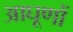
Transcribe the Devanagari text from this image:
आघूणों